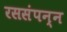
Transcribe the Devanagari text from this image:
रससंपन्न